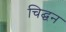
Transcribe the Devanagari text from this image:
चिद्घन